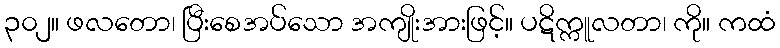
၃၀၂။ ဖလတော၊ ပြီးစေအပ်သော အကျိုးအားဖြင့်။ ပဋိက္ကူလတာ၊ ကို။ ကထံ